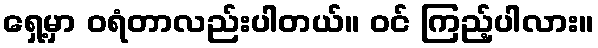
ရှေ့မှာ ဝရံတာလည်းပါတယ်။ ဝင် ကြည့်ပါလား။